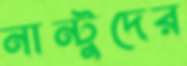
নান্টুদের